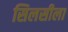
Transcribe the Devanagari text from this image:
सिलसीला